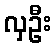
လှဦး